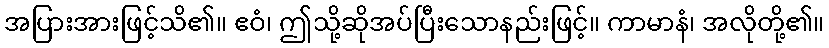
အပြားအားဖြင့်သိ၏။ ဧဝံ၊ ဤသို့ဆိုအပ်ပြီးသောနည်းဖြင့်။ ကာမာနံ၊ အလိုတို့၏။